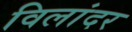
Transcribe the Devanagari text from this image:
विलांदर